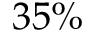
3 5 \%